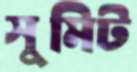
সুমিট